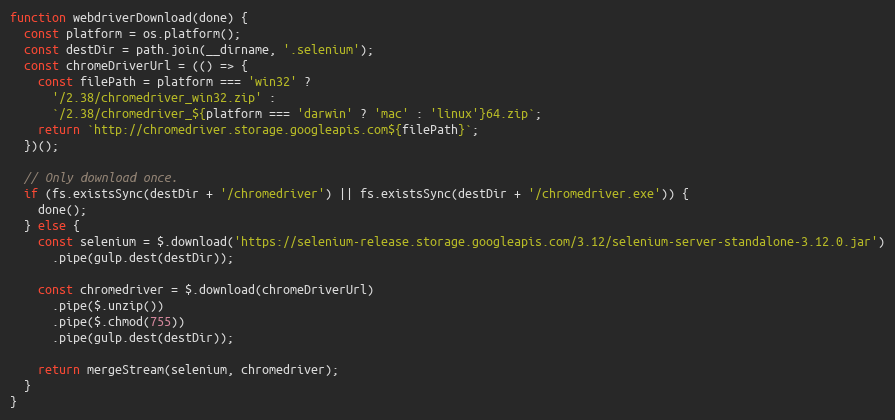
Language: JavaScript
function webdriverDownload(done) {
  const platform = os.platform();
  const destDir = path.join(__dirname, '.selenium');
  const chromeDriverUrl = (() => {
    const filePath = platform === 'win32' ?
      '/2.38/chromedriver_win32.zip' :
      `/2.38/chromedriver_${platform === 'darwin' ? 'mac' : 'linux'}64.zip`;
    return `http://chromedriver.storage.googleapis.com${filePath}`;
  })();

  // Only download once.
  if (fs.existsSync(destDir + '/chromedriver') || fs.existsSync(destDir + '/chromedriver.exe')) {
    done();
  } else {
    const selenium = $.download('https://selenium-release.storage.googleapis.com/3.12/selenium-server-standalone-3.12.0.jar')
      .pipe(gulp.dest(destDir));

    const chromedriver = $.download(chromeDriverUrl)
      .pipe($.unzip())
      .pipe($.chmod(755))
      .pipe(gulp.dest(destDir));

    return mergeStream(selenium, chromedriver);
  }
}